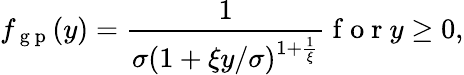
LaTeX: f_{\mathrm{~g~p~}}(y)=\frac 1{\sigma(1+\xi y/\sigma)^{1+\frac 1\xi}}\mathrm{~f~o~r~}y\ge 0,